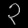
Digit: ၃